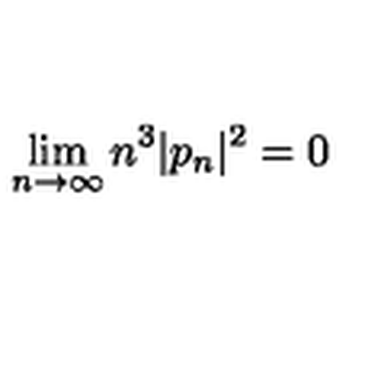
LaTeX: \lim _ { n \rightarrow \infty } n ^ { 3 } | p _ { n } | ^ { 2 } = 0